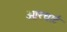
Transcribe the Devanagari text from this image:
ओरचार्ट